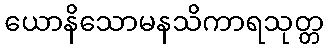
ယောနိသောမနသိကာရသုတ္တ